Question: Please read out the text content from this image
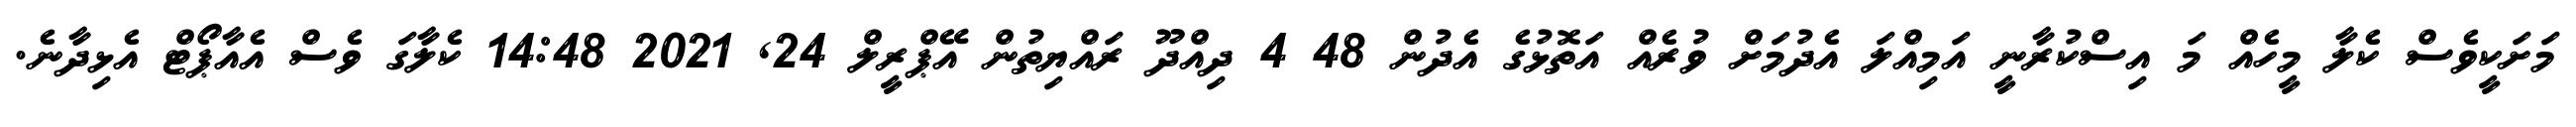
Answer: މަށަކީވެސް ކެލާ މީހެއް މަ އިސްކުރާނީ އަމިއްލަ އެދުމަށް ވުރެއް އަތޮޅުގެ އެދުން 48 4 ދިއްދޫ ރައްޔިތުން އޭޕްރީލް 24, 2021 14:48 ކެލާގަ ވެސް އެއާޕޯޓް އެޅިދާނެ.